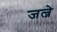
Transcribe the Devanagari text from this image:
जल्ने